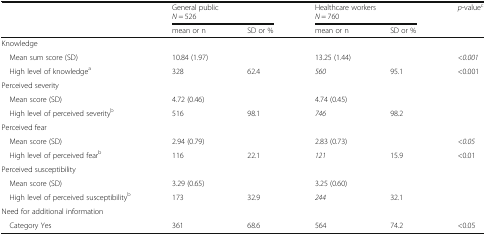
<table><thead><tr><td rowspan="2"></td><td colspan="2"><b>General public<i>N</i> = 526</b></td><td colspan="2"><b>Healthcare workers<i>N</i> = 760</b></td><td rowspan="2"><b><i>p</i>-value<sup>c</sup></b></td></tr><tr><td><b>mean or n</b></td><td><b>SD or %</b></td><td><b>mean or n</b></td><td><b>SD or %</b></td></tr></thead><tbody><tr><td colspan="6">Knowledge</td></tr><tr><td> Mean sum score (SD)</td><td colspan="2">10.84 (1.97)</td><td colspan="2">13.25 (1.44)</td><td><i>&lt;0.001</i></td></tr><tr><td> High level of knowledge<sup>a</sup></td><td>328</td><td>62.4</td><td><i>560</i></td><td>95.1</td><td>&lt;0.001</td></tr><tr><td colspan="6">Perceived severity</td></tr><tr><td> Mean score (SD)</td><td colspan="2">4.72 (0.46)</td><td colspan="2">4.74 (0.45)</td><td></td></tr><tr><td> High level of perceived severity<sup>b</sup></td><td>516</td><td>98.1</td><td><i>746</i></td><td>98.2</td><td></td></tr><tr><td colspan="6">Perceived fear</td></tr><tr><td> Mean score (SD)</td><td colspan="2">2.94 (0.79)</td><td colspan="2">2.83 (0.73)</td><td><i>&lt;0.05</i></td></tr><tr><td> High level of perceived fear<sup>b</sup></td><td>116</td><td>22.1</td><td><i>121</i></td><td>15.9</td><td>&lt;0.01</td></tr><tr><td colspan="6">Perceived susceptibility</td></tr><tr><td> Mean score (SD)</td><td colspan="2">3.29 (0.65)</td><td colspan="2">3.25 (0.60)</td><td></td></tr><tr><td> High level of perceived susceptibility<sup>b</sup></td><td>173</td><td>32.9</td><td><i>244</i></td><td>32.1</td><td></td></tr><tr><td colspan="6">Need for additional information</td></tr><tr><td> Category Yes</td><td>361</td><td>68.6</td><td>564</td><td>74.2</td><td>&lt;0.05</td></tr></tbody></table>